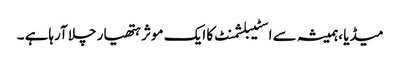
میڈیا ،ہمیشہ سے اسٹیبلشمنٹ کا ایک موثر ہتھیار چلا آرہاہے ۔